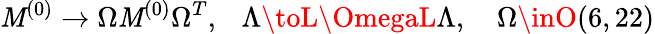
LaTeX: \mathit{M}^{(0)}\to\Omega\mathit{M}^{(0)}\Omega^{T},\ \ \ \Lambda\toL\OmegaL\Lambda,\ \ \ \ \Omega\inO(6,22)